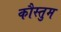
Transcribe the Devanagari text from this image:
कौस्तुम